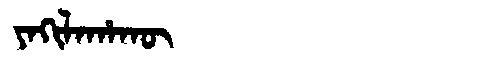
Manchu: ᠶᠠᡴᡳᠯᠠᡥᠠᡴᡡ
Romanization: YAKILAHAKŪ